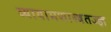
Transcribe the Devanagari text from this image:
व्यायामशास्त्रतज्ज्ञ